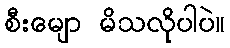
စီးမျော မိသလိုပါပဲ။